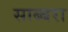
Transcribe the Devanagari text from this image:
साब्बरा